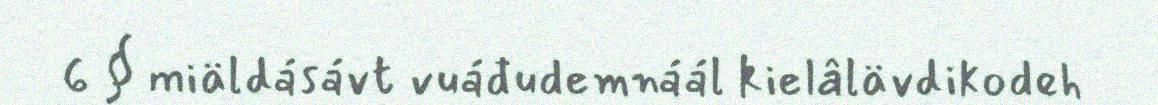
6 § miäldásávt vuáđudemnáál kielâlävdikodeh